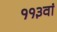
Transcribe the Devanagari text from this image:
११३वां